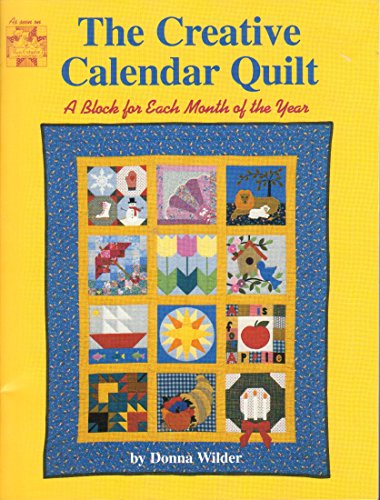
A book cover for The Creative Calendar Quilt - A Block For Each Month Of The Year; Donna Wilder; Calendars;